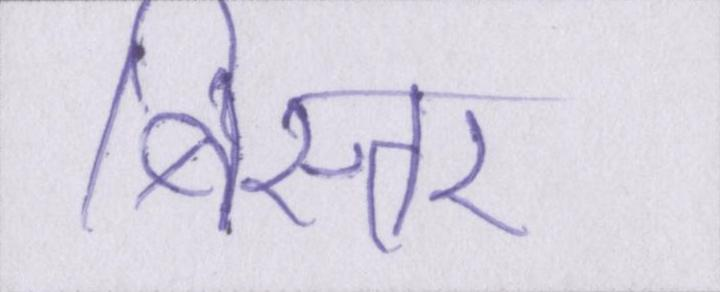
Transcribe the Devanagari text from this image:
बिस्तर